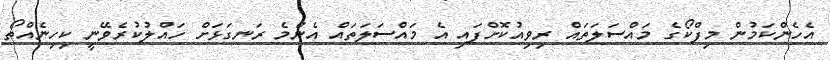
އެހެންކަމުން މިފްކޯގެ މައްސަލަތައް ރިވިއުކޮށްފައި އެ މައްސަލަތައް އެންމެ ރަނގަޅަށް ހައްލުކުރެވޭނީ ކިހިނެއްތޯ